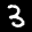
Label: 3